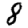
Digit: 8